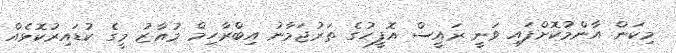
މިކަން އާންމުކޮށްފައި ވަނީ ރައީސް އޮފީހުގެ ތަރުޖަމާނު އިބްރާހިމް މުއާޒު މީގެ ކުޑައިރުކޮޅެއް